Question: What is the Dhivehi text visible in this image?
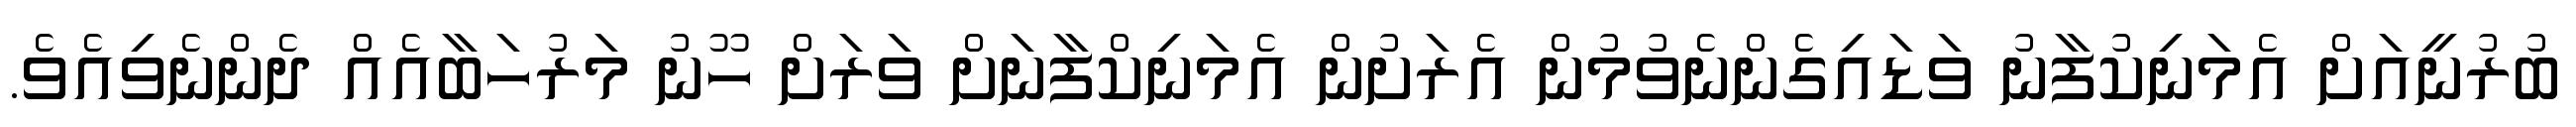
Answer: ބުރުނީއަށް އެމަނިކުފާނު ވަޑައިގެންނެވުމުން އެރަށުން އެމަނިކްފާނަށް ވަރަށް ހޫނު މަރުހަބާއެއް ދެންނެވިއެވެ.